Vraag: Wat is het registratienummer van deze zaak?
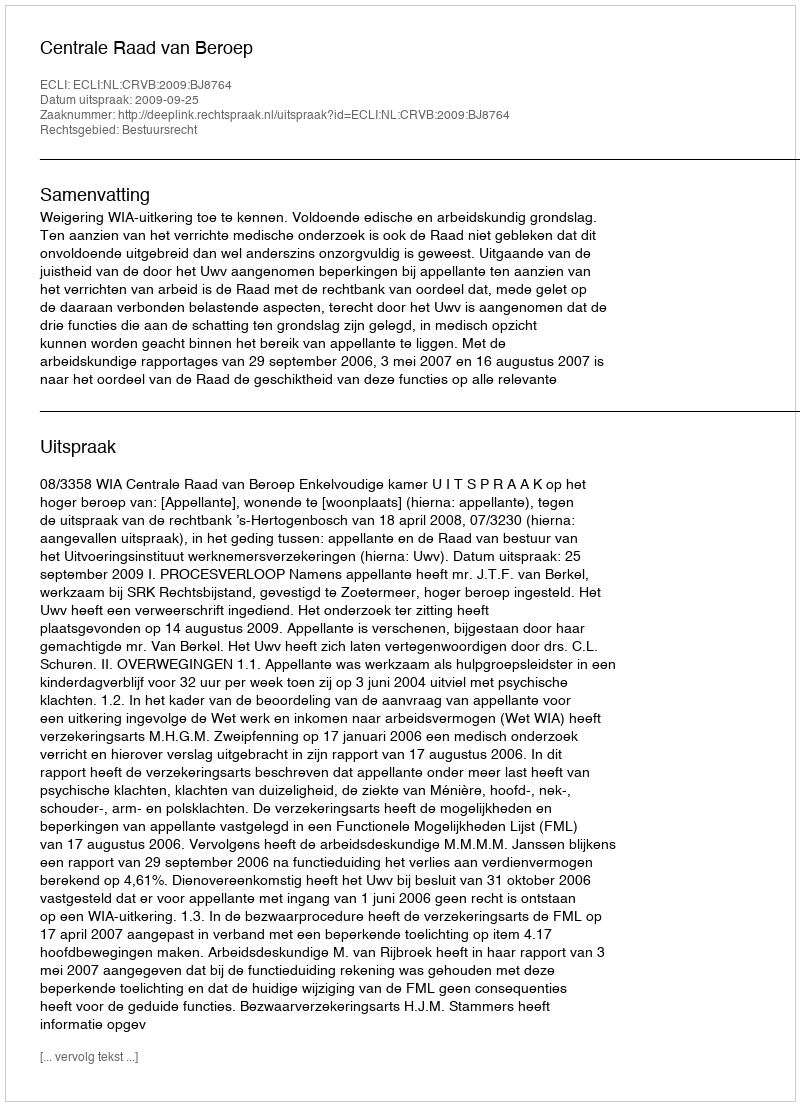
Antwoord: http://deeplink.rechtspraak.nl/uitspraak?id=ECLI:NL:CRVB:2009:BJ8764